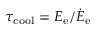
\tau _ { \mathrm { c o o l } } = E _ { \mathrm { e } } / \dot { E } _ { \mathrm { e } }